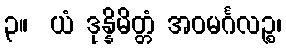
၃။  ယံ ဒုန္နိမိတ္တံ အဝမင်္ဂလဉ္စ၊